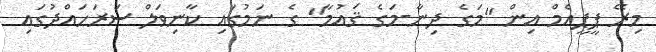
މިރޭ ޕީޕީއެމް އިން "މަގެ ދިނާ-މަގެ ޤައުމާ" ގެ ނަމުގައި ކާނިވަލް ސަރަހައްދުގައި